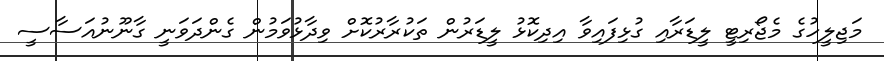
މަޖިލީހުގެ މެޖޯރިޓީ ލީޑަރާއި ގުޅިފައިވާ އިދިކޮޅު ލީޑަރުން ތަކުރާރުކޮށް ވިދާޅުވަމުން ގެންދަވަނީ ގާނޫނުއަސާސީ